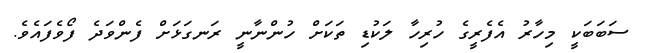
ސަބަބަކީ މިހާރު އެފެރީގެ ހުރިހާ ލަކުޑި ތަކަށް ހުންނާނީ ރަނގަޅަށް ފެންވަދެ ފޯވެފައެވެ.